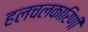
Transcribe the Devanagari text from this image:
हलचलकारिणी